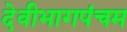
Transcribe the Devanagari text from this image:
देवीभागपंचम